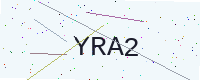
Text: YRA2